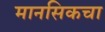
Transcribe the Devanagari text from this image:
मानसिकचा